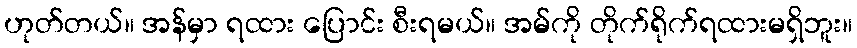
ဟုတ်တယ်။ အန်မှာ ရထား ပြောင်း စီးရမယ်။ အမ်ကို တိုက်ရိုက်ရထားမရှိဘူး။